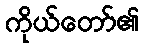
ကိုယ်တော်၏